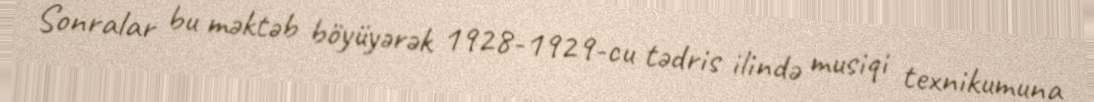
Sonralar bu məktəb böyüyərək 1928-1929-cu tədris ilində musiqi texnikumuna